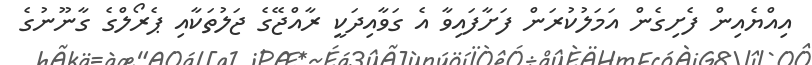
އިއްޔެއިން ފެށިގެން އަމަލުކުރަން ފަށާފައިވާ އެ ގަވާއިދަކީ ރާއްޖޭގެ ޖަލުތަކާއި ޕެރޯލްގެ ގާނޫނުގެ